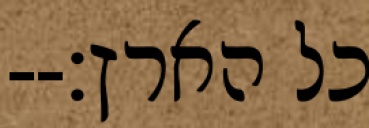
כל הארץ׃--